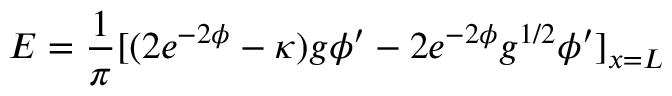
E = { \frac { 1 } { \pi } } [ ( 2 e ^ { - 2 \phi } - \kappa ) g \phi ^ { \prime } - 2 e ^ { - 2 \phi } g ^ { 1 / 2 } \phi ^ { \prime } ] _ { x = L }